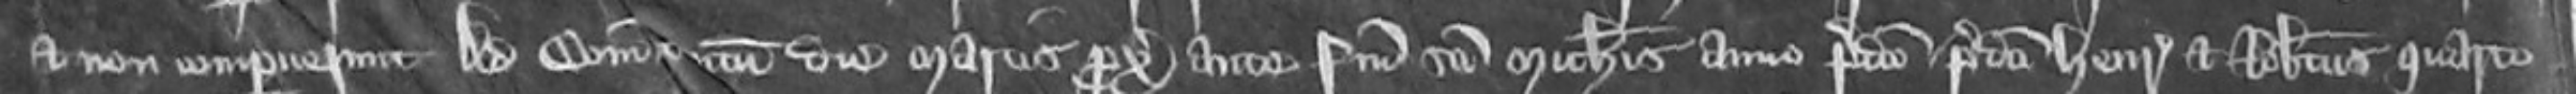
et non comperuerunt ad comitatum tentum die Martis proximo ante Festum Sancti Michaelis anno predicto predicti Henricus et Robertus quarto